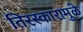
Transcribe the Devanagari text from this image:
तिरस्कारामुळे